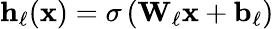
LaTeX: \mathbf{h}_{\ell}(\mathbf{x})=\sigma\left(\mathbf{W}_{\ell}\mathbf{x}+\mathbf{b}_{\ell}\right)